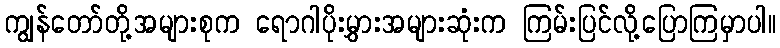
ကျွန်တော်တို့အများစုက ရောဂါပိုးမွှားအများဆုံးက ကြမ်းပြင်လို့ပြောကြမှာပါ။